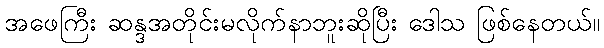
အဖေကြီး ဆန္ဒအတိုင်းမလိုက်နာဘူးဆိုပြီး ဒေါသ ဖြစ်နေတယ်။